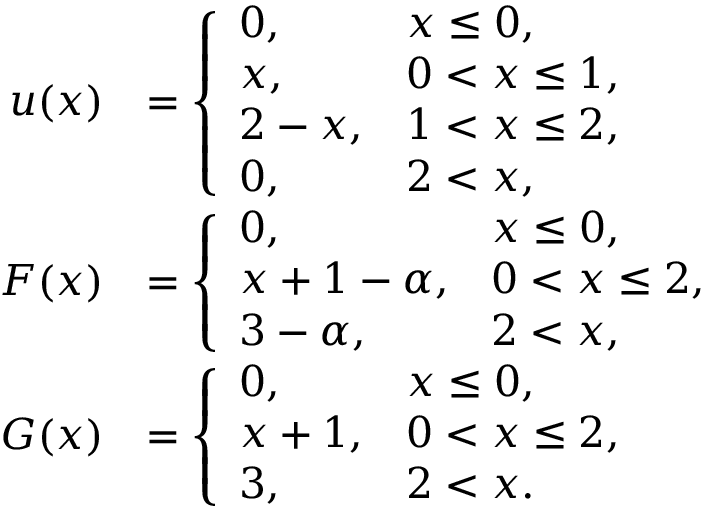
\begin{array} { r l } { u ( x ) } & { = \left\{ \begin{array} { l l } { 0 , } & { x \leq 0 , } \\ { x , } & { 0 < x \leq 1 , } \\ { 2 - x , } & { 1 < x \leq 2 , } \\ { 0 , } & { 2 < x , } \end{array} \right. } \\ { F ( x ) } & { = \left\{ \begin{array} { l l } { 0 , } & { x \leq 0 , } \\ { x + 1 - \alpha , } & { 0 < x \leq 2 , } \\ { 3 - \alpha , } & { 2 < x , } \end{array} \right. } \\ { G ( x ) } & { = \left\{ \begin{array} { l l } { 0 , } & { x \leq 0 , } \\ { x + 1 , } & { 0 < x \leq 2 , } \\ { 3 , } & { 2 < x . } \end{array} \right. } \end{array}